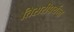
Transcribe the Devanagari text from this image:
तिसरीपर्यन्त